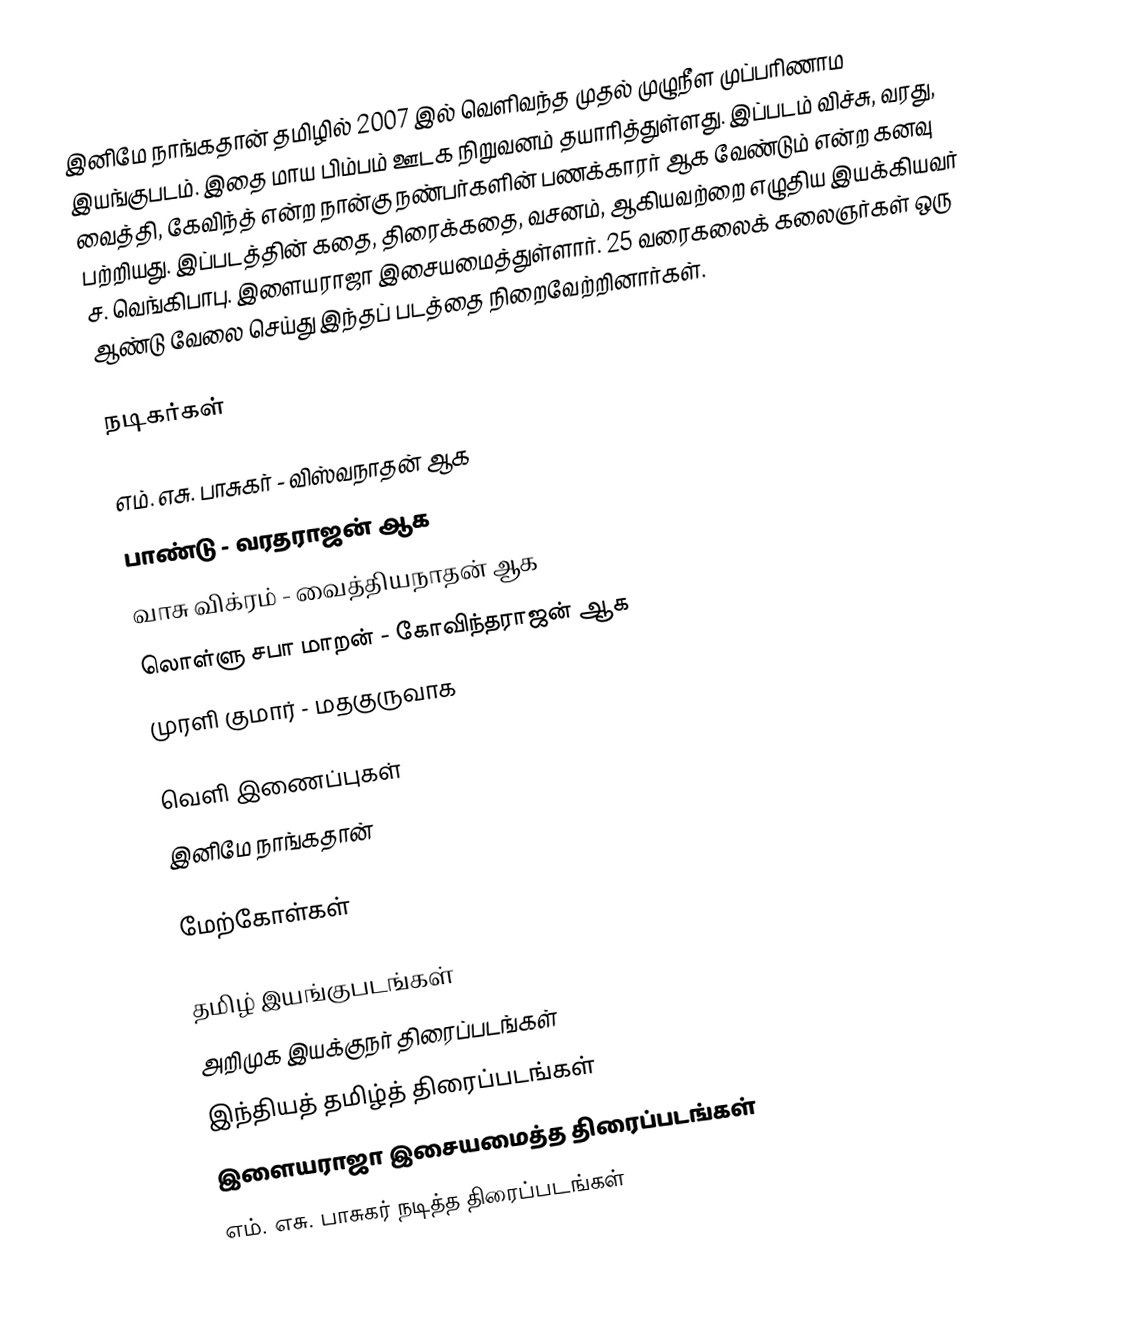
இனிமே நாங்கதான் தமிழில் 2007 இல் வெளிவந்த முதல் முழுநீள முப்பரிணாம இயங்குபடம்.  இதை மாய பிம்பம் ஊடக நிறுவனம் தயாரித்துள்ளது.  இப்படம் விச்சு, வரது, வைத்தி, கேவிந்த் என்ற நான்கு நண்பர்களின் பணக்காரர் ஆக வேண்டும் என்ற கனவு பற்றியது.  இப்படத்தின் கதை, திரைக்கதை, வசனம், ஆகியவற்றை எழுதிய இயக்கியவர் ச. வெங்கிபாபு.  இளையராஜா இசையமைத்துள்ளார்.  25 வரைகலைக் கலைஞர்கள்  ஒரு ஆண்டு வேலை செய்து இந்தப் படத்தை நிறைவேற்றினார்கள்.

நடிகர்கள்

 எம். எசு. பாசுகர் - விஸ்வநாதன் ஆக
 பாண்டு - வரதராஜன் ஆக
 வாசு விக்ரம் - வைத்தியநாதன் ஆக
 லொள்ளு சபா மாறன் - கோவிந்தராஜன் ஆக
 முரளி குமார் - மதகுருவாக

வெளி இணைப்புகள்
 இனிமே நாங்கதான்

மேற்கோள்கள்

தமிழ் இயங்குபடங்கள்
அறிமுக இயக்குநர் திரைப்படங்கள்
இந்தியத் தமிழ்த் திரைப்படங்கள்
இளையராஜா இசையமைத்த திரைப்படங்கள்
எம். எசு. பாசுகர் நடித்த திரைப்படங்கள்